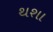
થશા